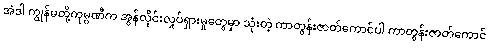
အဲဒါ ကျွန်မတို့ကုမ္ပဏီက အွန်လိုင်းလှုပ်ရှားမှုတွေမှာ သုံးတဲ့ ကာတွန်းဇာတ်ကောင်ပါ ကာတွန်းဇာတ်ကောင်